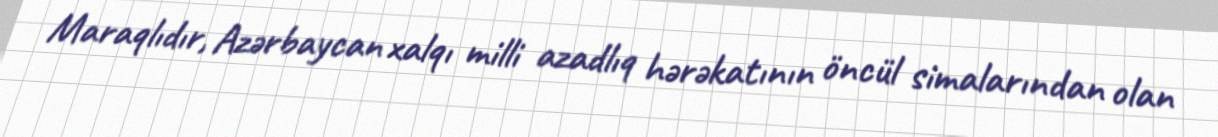
Maraqlıdır, Azərbaycan xalqı milli azadlıq hərəkatının öncül simalarından olan